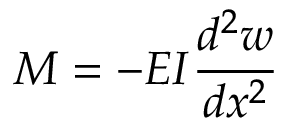
M = - E I { \frac { d ^ { 2 } w } { d x ^ { 2 } } }